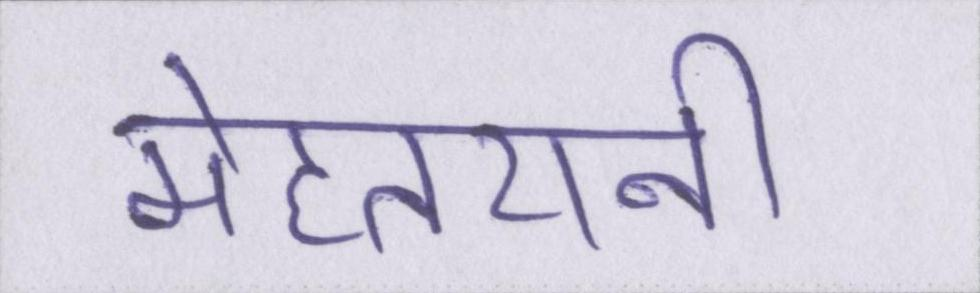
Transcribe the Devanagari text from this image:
मेहतरानी